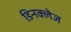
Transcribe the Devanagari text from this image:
डिनक्लेज